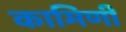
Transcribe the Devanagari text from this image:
कामिणी